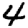
Digit: 4